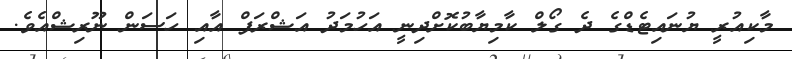
މާކިއުރީ ޔުނައިޓެޑްގެ ދެ ގޯލް ކާމިޔާބުކޮށްދިނީ އަހުމަދު އަޝްރަފް އާއި ހަސަން ނޫރިޝްއެވެ.